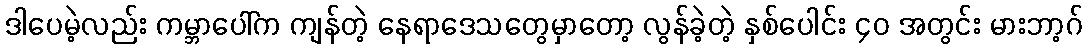
ဒါပေမဲ့လည်း ကမ္ဘာပေါ်က ကျန်တဲ့ နေရာဒေသတွေမှာတော့ လွန်ခဲ့တဲ့ နှစ်ပေါင်း ၄၀ အတွင်း မားဘာ့ဂ်